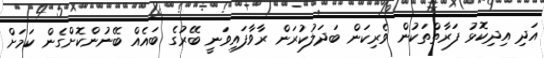
އަދި އިދިކޮޅު ފަރާތްތަކުން ވެރިކަން ބަދަލުކުރަން ރާވާފައިވަނީ ބޭރުގެ ބައެއް ބޭނުންކޮށްގެން ކަމަށް